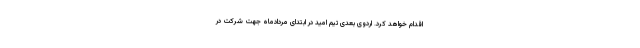
اقدام خواهد کرد. اردوی بعدی تیم امید در ابتدای مردادماه جهت شرکت در